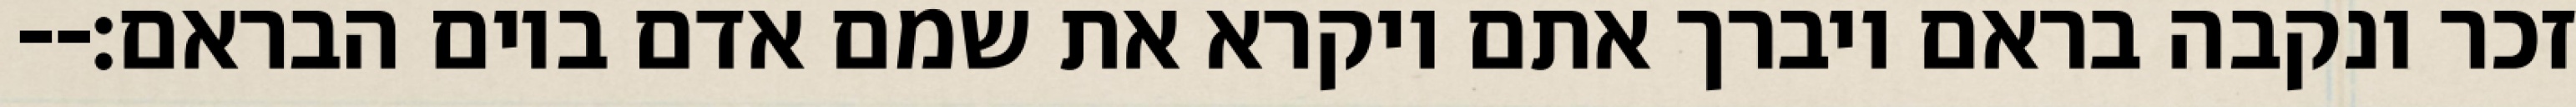
זכר ונקבה בראם ויברך אתם ויקרא את שמם אדם ביום הבראם׃--